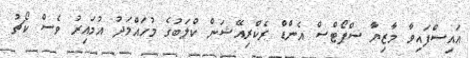
އައިސްފައިވާ މާޒިޔާ ސްޕޯޓްސް އެންޑް ރެކްރިއޭޝަން ކްލަބުގެ މުހައްމަދު އުމައިރު ވެސް ކޯޗު